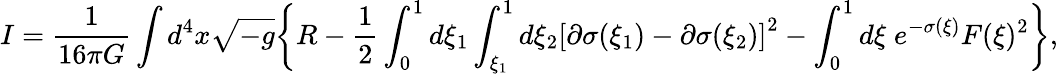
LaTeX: I={\frac{1}{16\pi G}}\int d^{4}x\sqrt{-g}\biggl\{ R-{\frac{1}{2}}\int_{0}^{1}d\xi_{1}\int_{\xi_{1}}^{1}d\xi_{2}\left[\partial\sigma(\xi_{1})-\partial\sigma(\xi_{2})\right]^{2}-\int_{0}^{1}d\xi\; e^{-\sigma(\xi)}F(\xi)^{2}\biggr\} ,